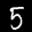
Label: 5